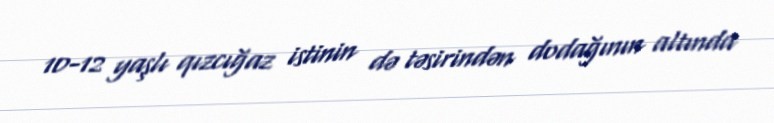
10-12 yaşlı qızcığaz istinin də təsirindən dodağının altında